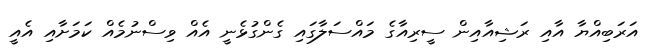
އަރަބިއްޔާ އާއި ރަޝިއާއިން ސީރިއާގެ މައްސަލާގައި ގެންގުޅެނީ އެއް ވިސްނުމެއް ކަމަށާއި އެއީ